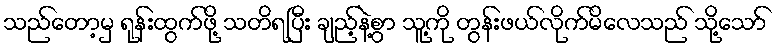
သည်တော့မှ ရုန်းထွက်ဖို့ သတိရပြီး ချည့်နဲ့စွာ သူ့ကို တွန်းဖယ်လိုက်မိလေသည် သို့သော်